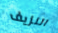
النزيف